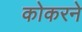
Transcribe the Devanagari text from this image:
कोकरने